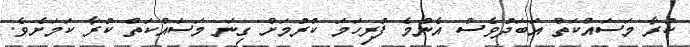
ކުރާ މަސައްކަތް އަބަދުވެސް އެންމެ ފުރިހަމަ ކުރުމަށް ގިނަ މަސައްކަތް ކުރާ ކަމަށެވެ.